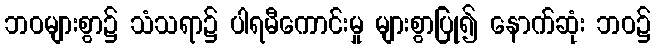
ဘဝများစွာ၌ သံသရာ၌ ပါရမီကောင်းမှု များစွာပြု၍ နောက်ဆုံး ဘဝ၌